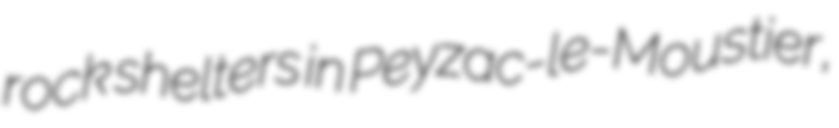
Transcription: rock shelters in Peyzac-le-Moustier,